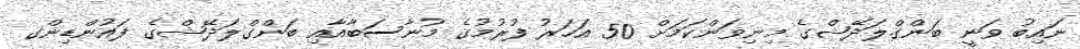
ނައިބު ވަނީ ބަންގްލަދޭޝްގެ މިނިވަންކަމަށް 50 އަހަރު ފުރުމުގެ މުނާސަބާއާއި ބަންގްލަދޭޝްގެ ފައުންޑިންގ